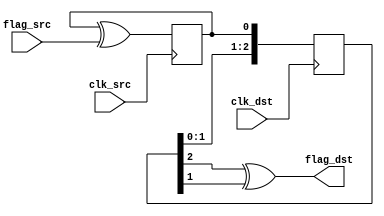
module async_flag(
    input clk_src,
    input flag_src,
    input clk_dst,
    output flag_dst
    );

    reg flag_toggle_src;
    always @(posedge clk_src) flag_toggle_src   <= flag_toggle_src ^ flag_src;

    reg [2:0] sync_dst;
    always @(posedge clk_dst) sync_dst  <= {sync_dst[1:0], flag_toggle_src};

    assign flag_dst = sync_dst[2] ^ sync_dst[1];

    initial begin
        flag_toggle_src <= 1'b0;
        sync_dst        <= 3'b0;
    end
endmodule